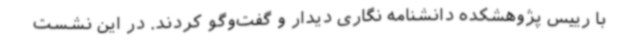
با رییس پژوهشکده دانشنامه نگاری دیدار و گفت‌وگو کردند. در این نشست